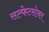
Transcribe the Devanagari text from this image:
सल्फेटसोबत